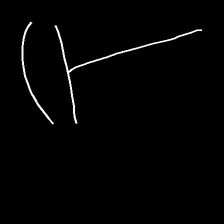
Glyph: dispersion